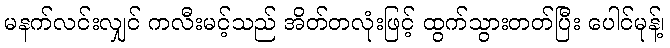
မနက်လင်းလျှင် ကလီးမင့်သည် အိတ်တလုံးဖြင့် ထွက်သွားတတ်ပြီး ပေါင်မုန့်၊